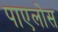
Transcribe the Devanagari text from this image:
पाएलोस